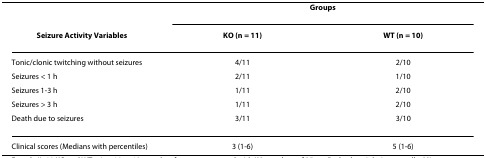
<table><thead><tr><td></td><td colspan="2"><b>Groups</b></td></tr><tr><td><b>Seizure Activity Variables</b></td><td><b>KO (n = 11)</b></td><td><b>WT (n = 10)</b></td></tr></thead><tbody><tr><td>Tonic/clonic twitching without seizures</td><td>4/11</td><td>2/10</td></tr><tr><td>Seizures &lt; 1 h</td><td>2/11</td><td>1/10</td></tr><tr><td>Seizures 1-3 h</td><td>1/11</td><td>2/10</td></tr><tr><td>Seizures &gt; 3 h</td><td>1/11</td><td>2/10</td></tr><tr><td>Death due to seizures</td><td>3/11</td><td>3/10</td></tr><tr><td>Clinical scores (Medians with percentiles)</td><td>3 (1-6)</td><td>5 (1-6)</td></tr></tbody></table>